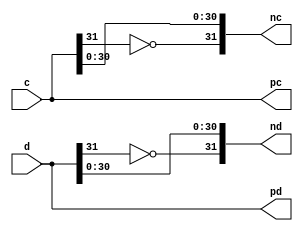
`timescale 1ns / 1ps
//////////////////////////////////////////////////////////////////////////////////
// Company: 
// Engineer: 
// 
// Design Name: 
// Module Name:    mulc 
// Project Name: 
// Target Devices: 
// Tool versions: 
// Description: 
//
// Dependencies: 
//
// Revision: 
// Revision 0.01 - File Created
// Additional Comments: 
//
//////////////////////////////////////////////////////////////////////////////////
module mulc(
    input [31:0] c,
    input [31:0] d,
    output [31:0] pc,
    output [31:0] pd,
    output [31:0] nc,
    output [31:0] nd
    );

assign pc=c,pd=d;
assign nc[31]=~c[31],nc[30:0]=c[30:0],nd[31]=~d[31],nd[30:0]=d[30:0];
endmodule